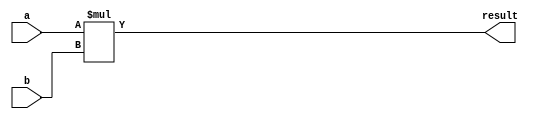
module Multiplier (
    input [7:0] a, // input signal A
    input [7:0] b, // input signal B
    output reg [15:0] result // output signal
);

always @ (*) begin
    result = a * b; // perform multiplication
end

endmodule